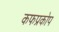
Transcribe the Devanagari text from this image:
कफप्रकोप